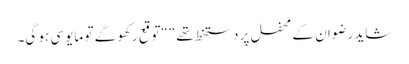
شاید رضوان کے محفل پر دستخط تھے“ “توقع رکھو گے تو مایوسی ہو گی۔